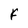
Character: F